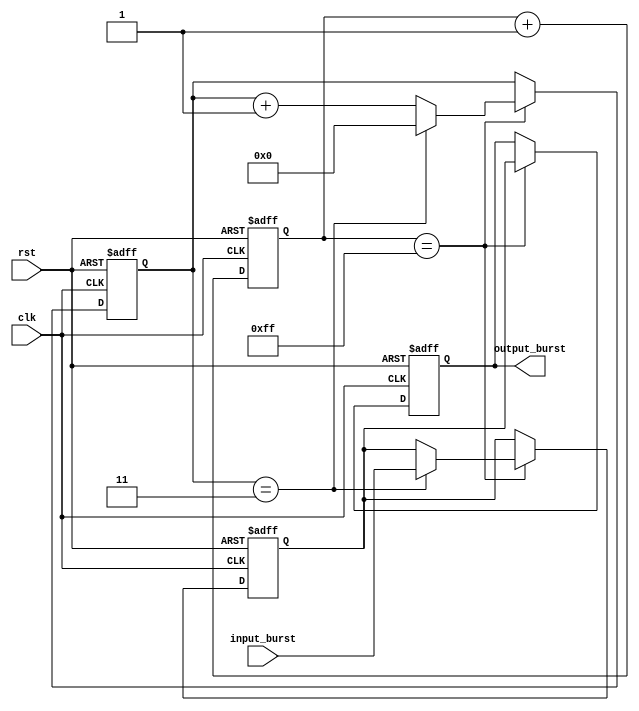
module BurstSynchronizer (
    input wire clk,
    input wire rst,
    input wire [7:0] input_burst,
    output reg [7:0] output_burst
);

reg [15:0] counter = 16'd0;
reg [15:0] sync_counter = 16'd0;
reg [7:0] sync_burst = 8'd0;

always @(posedge clk or posedge rst) begin
    if (rst) begin
        counter <= 16'd0;
        sync_counter <= 16'd0;
        sync_burst <= 8'd0;
        output_burst <= 8'd0;
    end else begin
        counter <= counter + 1;
        
        if (counter == 16'd255) begin
            sync_counter <= sync_counter + 1;
            if (sync_counter == 16'd3) begin
                sync_counter <= 16'd0;
                sync_burst <= input_burst;
            end
            output_burst <= sync_burst;
        end
    end
end

endmodule